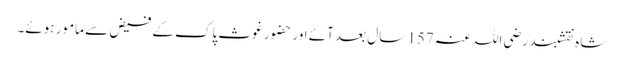
شاہِ نقشبند رضی اللہ عنہ 157 سال بعد آئے اور حضور غوثِ پاک کے فیض سے مامور ہوئے۔